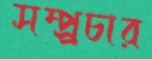
সম্প্র্রচার